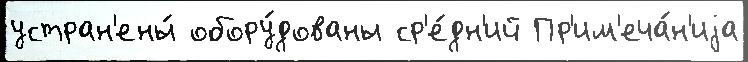
устран'ены́ обору́дованы ср'е́дн'ий Пр'им'еча́н'иjа